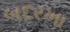
બદરખા